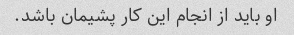
او باید از انجام این کار پشیمان باشد.